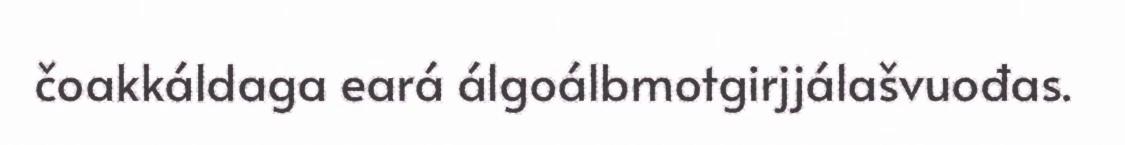
čoakkáldaga eará álgoálbmotgirjjálašvuođas.